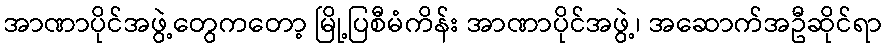
အာဏာပိုင်အဖွဲ့တွေကတော့ မြို့ပြစီမံကိန်း အာဏာပိုင်အဖွဲ့၊ အဆောက်အဦဆိုင်ရာ